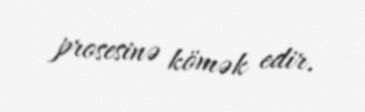
prosesinə kömək edir.